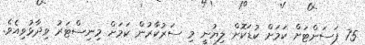
75 ޕަސަންޓަށް ކަމަށް ކުޑަކޮށް ލިޔުނީ މި ސަރުކާރުން ކަމަށް މިނިސްޓަރު ވިދާޅުވިއެވެ.